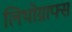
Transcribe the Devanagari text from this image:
लिथोग्राफ्स